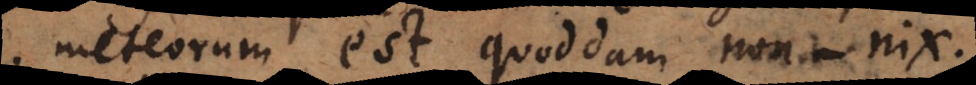
meteorum est quoddam non‐nix.